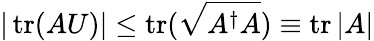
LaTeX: |\operatorname{tr}(AU)|\leq\operatorname{tr}({\sqrt{A^{\dagger}A}})\equiv\operatorname{tr}|A|